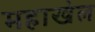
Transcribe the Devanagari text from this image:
महाखेल